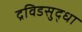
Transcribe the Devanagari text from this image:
द्रविडसुद्धा